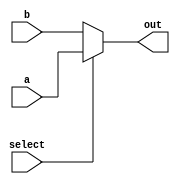
`timescale 1ns / 1ps
//////////////////////////////////////////////////////////////////////////////////
// Company: 
// Engineer: 
// 
// Design Name: 
// Module Name: mux2to1
// Project Name: 
// Target Devices: 
// Tool Versions: 
// Description: 
// 
// Dependencies: 
// 
// Revision:
// Revision 0.01 - File Created
// Additional Comments:
// 
//////////////////////////////////////////////////////////////////////////////////


module mux2to1(
    input [31:0] a,
    input [31:0] b,
    output [31:0] out,
    input select
    );
    
    assign out = select ? a : b;
endmodule